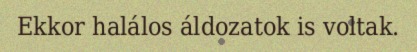
Ekkor halálos áldozatok is voltak.